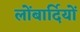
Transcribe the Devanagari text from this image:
लोंबार्दियों